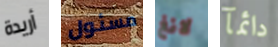
أريدة مسئول لانغ دائمآ